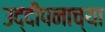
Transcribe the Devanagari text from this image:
उद्दीपनाच्या